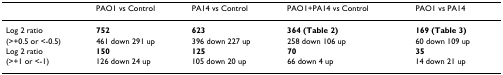
<table><thead><tr><td></td><td><b>PAO1 vs Control</b></td><td><b>PA14 vs Control</b></td><td><b>PAO1+PA14 vs Control</b></td><td><b>PAO1 vs PA14</b></td></tr></thead><tbody><tr><td>Log 2 ratio</td><td><b>752</b></td><td><b>623</b></td><td><b>364 (Table 2)</b></td><td><b>169 (Table 3)</b></td></tr><tr><td>(&gt;+0.5 or &lt;-0.5)</td><td>461 down 291 up</td><td>396 down 227 up</td><td>258 down 106 up</td><td>60 down 109 up</td></tr><tr><td>Log 2 ratio</td><td><b>150</b></td><td><b>125</b></td><td><b>70</b></td><td><b>35</b></td></tr><tr><td>(&gt;+1 or &lt;-1)</td><td>126 down 24 up</td><td>105 down 20 up</td><td>66 down 4 up</td><td>14 down 21 up</td></tr></tbody></table>